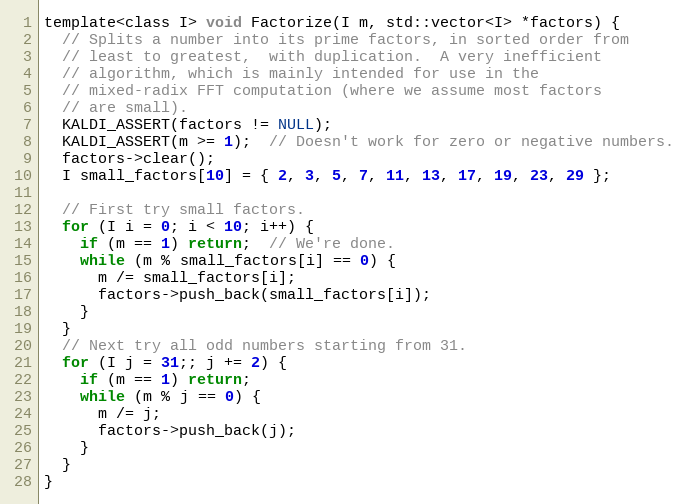
Language: C
template<class I> void Factorize(I m, std::vector<I> *factors) {
  // Splits a number into its prime factors, in sorted order from
  // least to greatest,  with duplication.  A very inefficient
  // algorithm, which is mainly intended for use in the
  // mixed-radix FFT computation (where we assume most factors
  // are small).
  KALDI_ASSERT(factors != NULL);
  KALDI_ASSERT(m >= 1);  // Doesn't work for zero or negative numbers.
  factors->clear();
  I small_factors[10] = { 2, 3, 5, 7, 11, 13, 17, 19, 23, 29 };

  // First try small factors.
  for (I i = 0; i < 10; i++) {
    if (m == 1) return;  // We're done.
    while (m % small_factors[i] == 0) {
      m /= small_factors[i];
      factors->push_back(small_factors[i]);
    }
  }
  // Next try all odd numbers starting from 31.
  for (I j = 31;; j += 2) {
    if (m == 1) return;
    while (m % j == 0) {
      m /= j;
      factors->push_back(j);
    }
  }
}